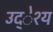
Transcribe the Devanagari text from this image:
उद्ेश्य